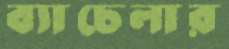
ব্যাচেলার